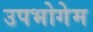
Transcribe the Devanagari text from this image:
उपभोगेम